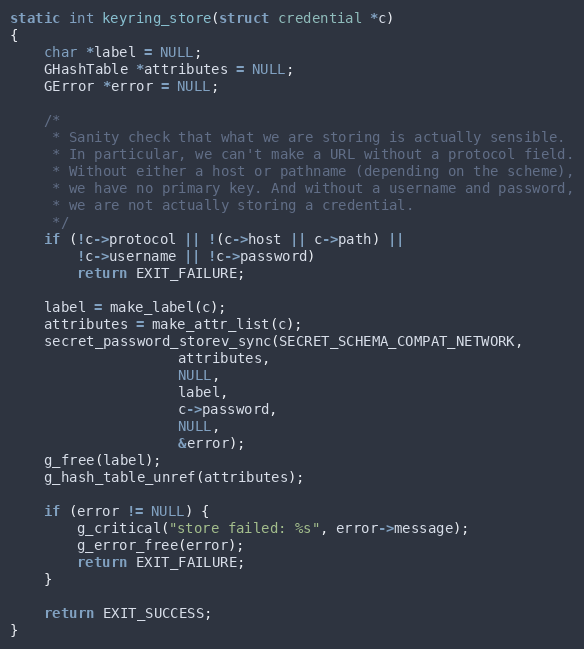
Language: C
static int keyring_store(struct credential *c)
{
	char *label = NULL;
	GHashTable *attributes = NULL;
	GError *error = NULL;

	/*
	 * Sanity check that what we are storing is actually sensible.
	 * In particular, we can't make a URL without a protocol field.
	 * Without either a host or pathname (depending on the scheme),
	 * we have no primary key. And without a username and password,
	 * we are not actually storing a credential.
	 */
	if (!c->protocol || !(c->host || c->path) ||
	    !c->username || !c->password)
		return EXIT_FAILURE;

	label = make_label(c);
	attributes = make_attr_list(c);
	secret_password_storev_sync(SECRET_SCHEMA_COMPAT_NETWORK,
				    attributes,
				    NULL,
				    label,
				    c->password,
				    NULL,
				    &error);
	g_free(label);
	g_hash_table_unref(attributes);

	if (error != NULL) {
		g_critical("store failed: %s", error->message);
		g_error_free(error);
		return EXIT_FAILURE;
	}

	return EXIT_SUCCESS;
}